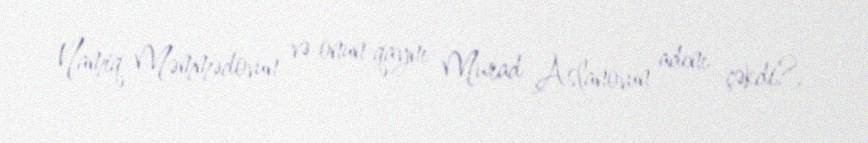
Namiq Məmmədovun və onun qaynı Murad Aslanovun adını çəkdi?.